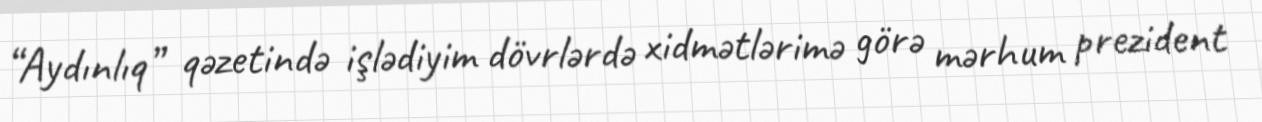
“Aydınlıq” qəzetində işlədiyim dövrlərdə xidmətlərimə görə mərhum prezident